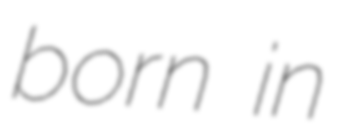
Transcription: born in